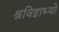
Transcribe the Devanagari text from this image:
श्रविष्ठाभ्यो